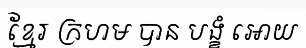
ខ្មែរ ក្រហម បាន បង្ខំ អោយ